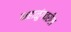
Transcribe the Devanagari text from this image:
महाळुंगवरील